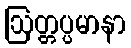
ဩတ္တပ္ပမာနာ